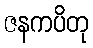
ဇနကပိတု